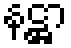
နဋ္ဌာ